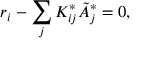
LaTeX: r _ { i } - \sum _ { j } K _ { i j } ^ { * } \tilde { A } _ { j } ^ { * } = 0 ,